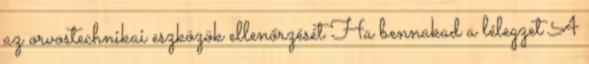
az orvostechnikai eszközök ellenőrzését Ha bennakad a lélegzet A